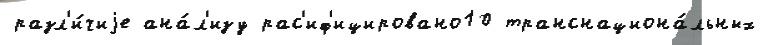
разл'и́чиjе ана́л'изу рас'иф'ицировано10 транснациона́льных